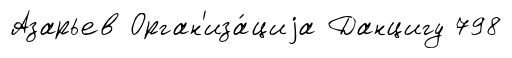
Азарьев Орган'иза́циjа Данцигу 798